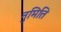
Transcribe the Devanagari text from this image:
नुमित्ति